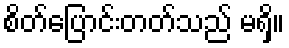
စိတ်ပြောင်းတတ်သည် မရှိ။